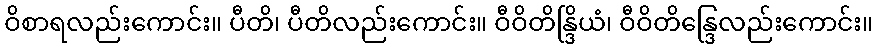
ဝိစာရလည်းကောင်း။ ပီတိ၊ ပီတိလည်းကောင်း။ ဝီဝိတိန္ဒြိယံ၊ ဝီဝိတိန္ဒြေလည်းကောင်း။